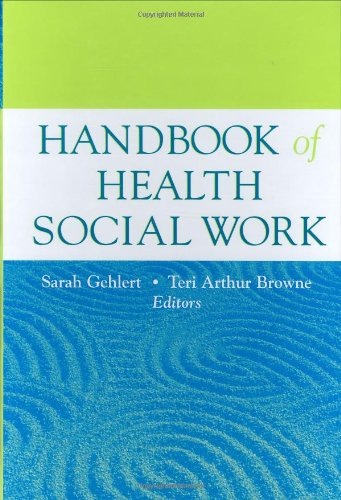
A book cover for Handbook of Health Social Work; Sarah Gehlert; Medical Books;